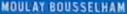
MOULAY-BOUSSELHAM